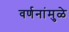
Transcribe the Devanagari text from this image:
वर्णनांमुळे